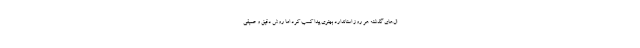
ال‌های گذشته هر روز استاندارد بهتری پیدا کسب کرد اما روش دقیق و عمیقی